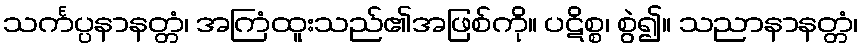
သင်္ကပ္ပနာနတ္တံ၊ အကြံထူးသည်၏အဖြစ်ကို။ ပဋိစ္စ၊ စွဲ၍။ သညာနာနတ္တံ၊